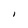
Character: I